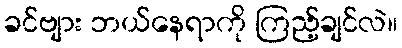
ခင်ဗျား ဘယ်နေရာကို ကြည့်ချင်လဲ။